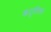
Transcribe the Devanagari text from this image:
कटुतिक्त